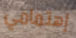
إهتمامي